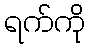
ရက်ကို